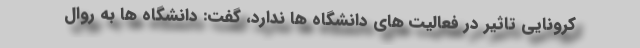
کرونایی تاثیر در فعالیت های دانشگاه ها ندارد، گفت: دانشگاه ها به روال